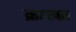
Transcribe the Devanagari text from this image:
क्रास्का